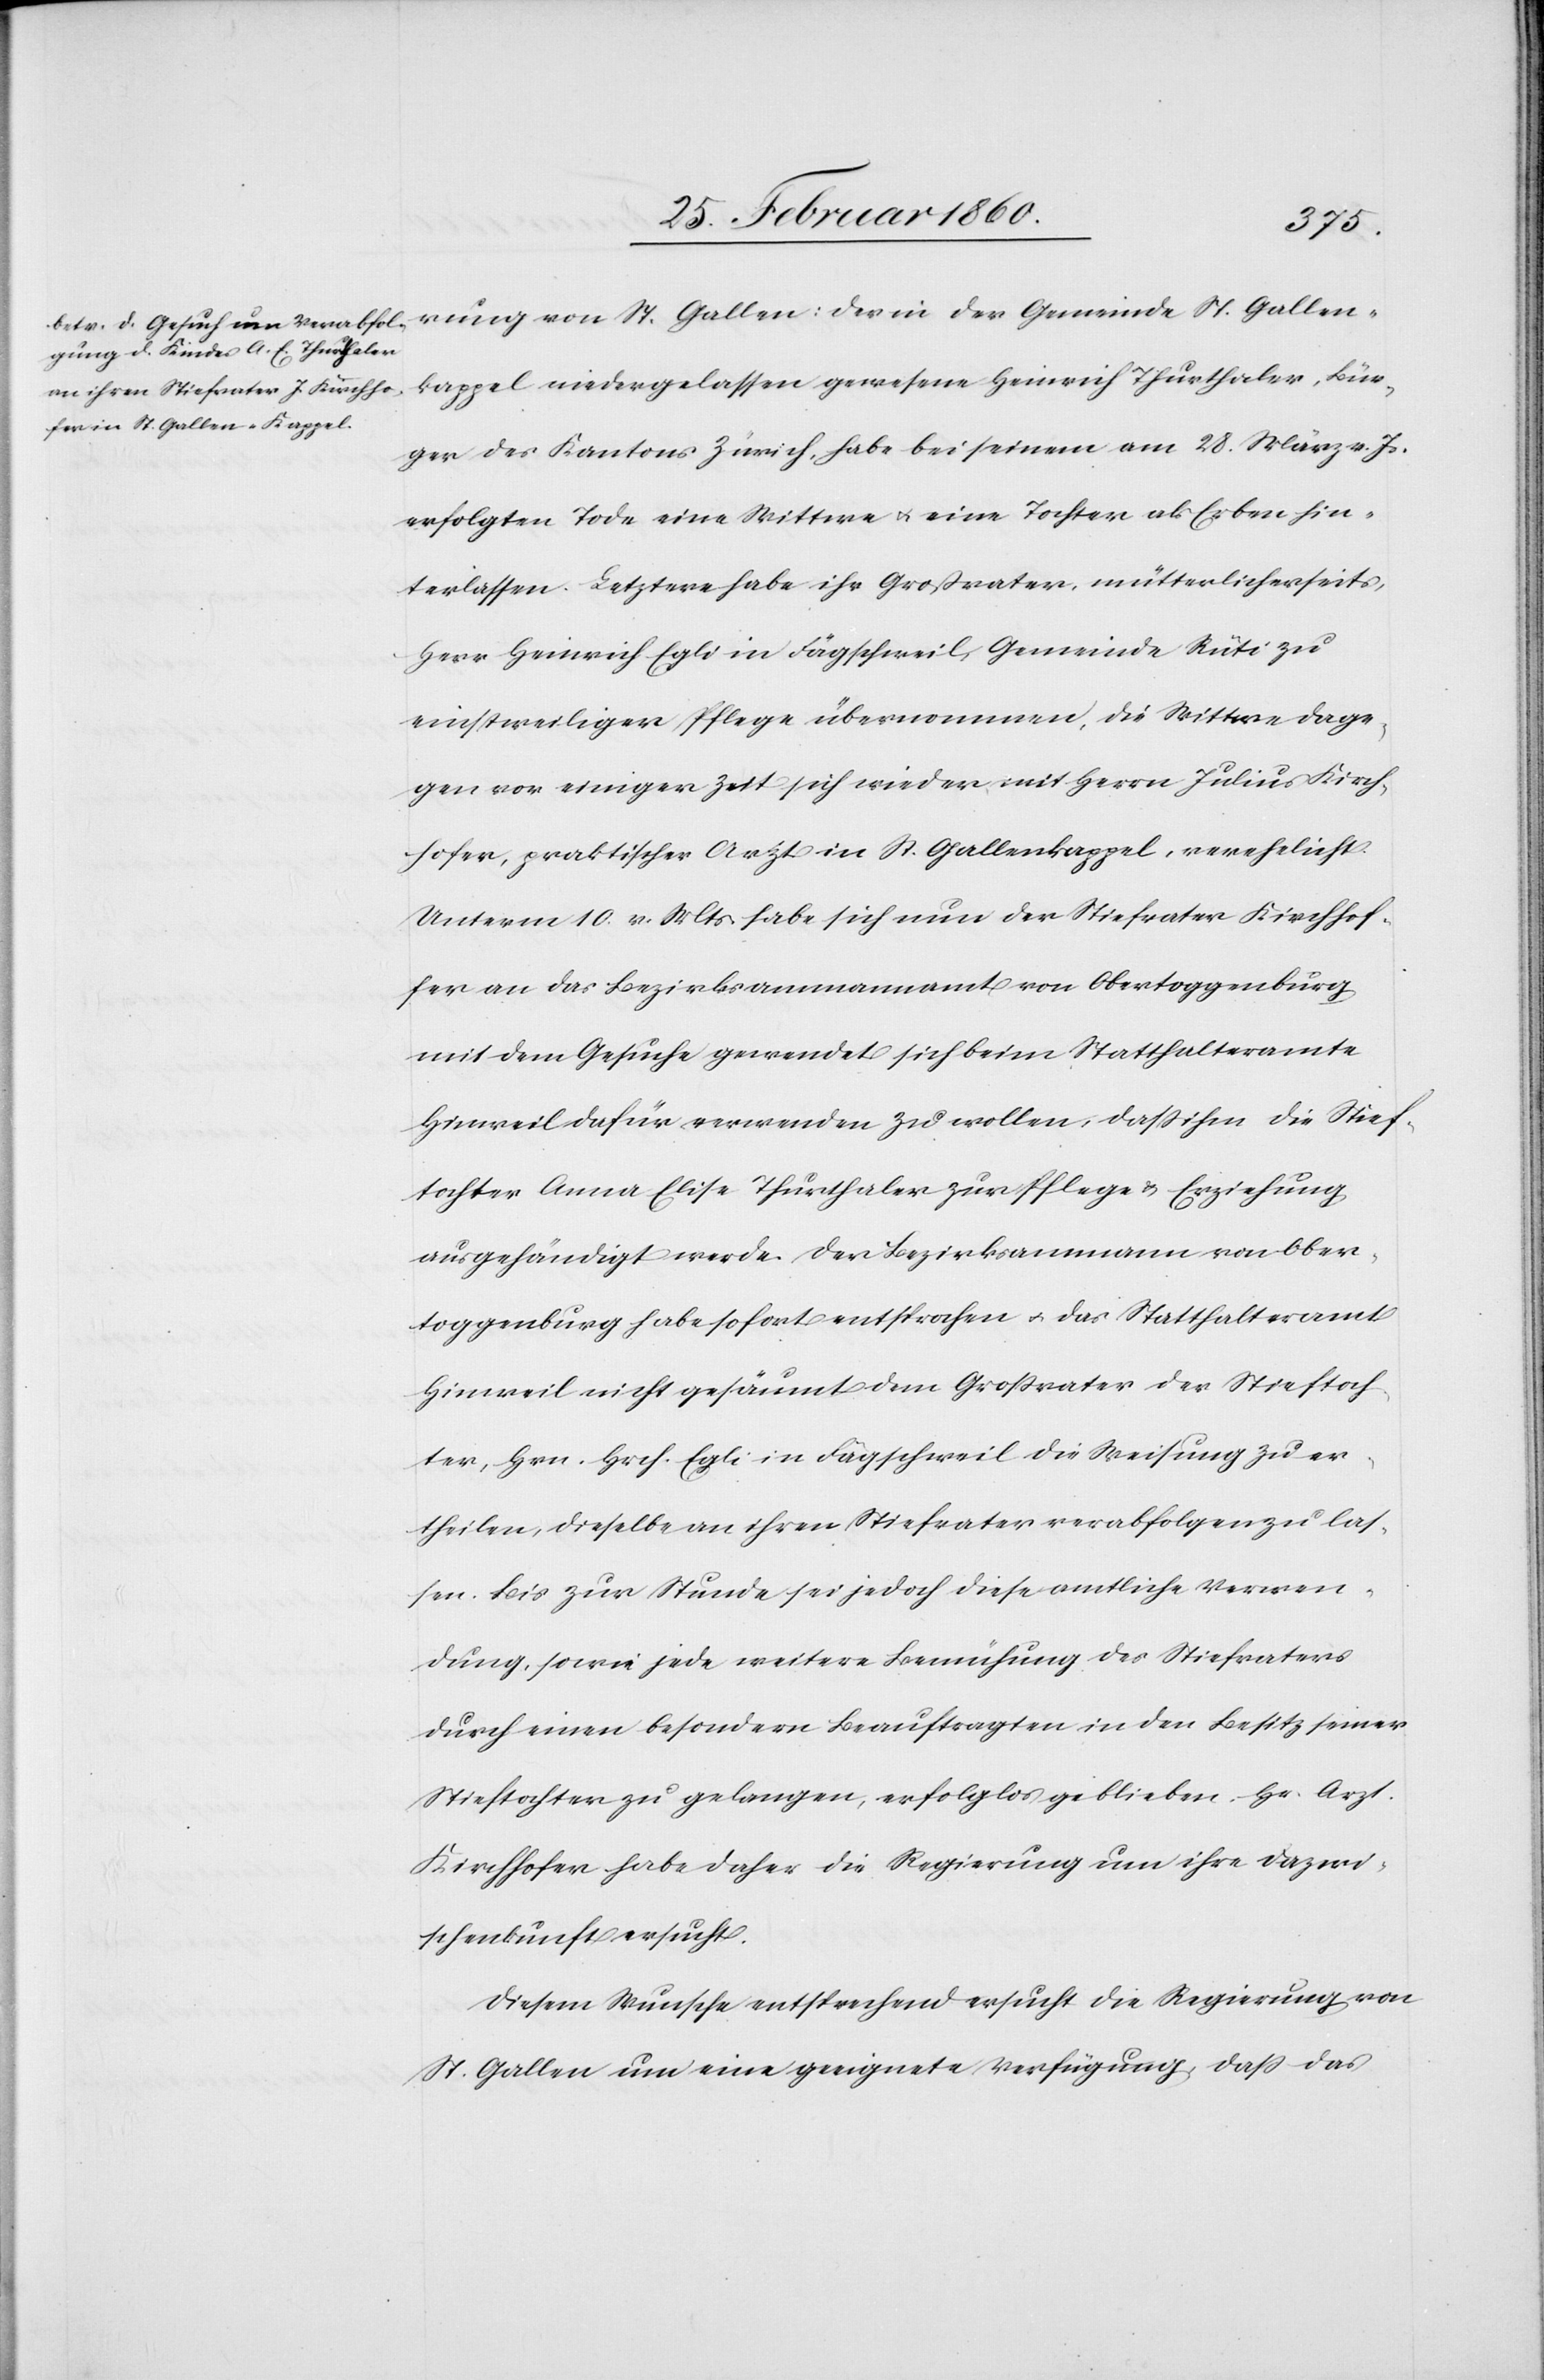
rung von St. Gallen: der in der Gemeinde St. Gallen-K¬
appel niedergelassen gewesene Heinrich Thurthaler, Bür¬
ger des Kantons Zürich, habe bei seinem am 28. März v. Js.
erfolgten Tode eine Wittwe u. eine Tochter als Erben hin¬
terlassen. Letztere habe ihr Grossvater, mütterlicherseits,
Herr Heinrich Egli in Fägschweil, Gemeinde Rüti zu
einstweiliger Pflege übernommen, die Wittwe dage¬
gen vor einiger Zeit sich wieder mit Herrn Julius Kirch¬
hofer, praktischer Arzt in St. Gallen-Kappel, verehelicht.
Unterm 10. v. Mts. habe sich nun der Stiefvater Kirchhof¬
er an das Bezirksammannamt von Obertoggenburg
mit dem Gesuche gewendet sich beim Statthalteramte
Hinweil dafür verwenden zu wollen, dass ihm die Stief¬
tochter Anna Elise Thurthaler zur Pflege u. Erziehung
ausgehändigt werde. Der Bezirksammann von Ober¬
toggenburg habe sofort entsprochen u. das Statthalteramt
Hinweil nicht gesäumt dem Grossvater der Stieftoch¬
ter, Hrn. Hrch. Egli in Fägschweil die Weisung zu er¬
theilen, dieselbe an ihren Stiefvater verabfolgen zu las¬
sen. Bis zur Stunde sei jedoch diese amtliche Verwen¬
dung, sowie jede weitere Bemühung des Stiefvaters
durch einen besondern Beauftragten in den Besitz seiner
Stieftochter zu gelangen, erfolglos geblieben. Hr. Arzt
Kirchhofer habe daher die Regierung um ihre Dazwi¬
schenkunft ersucht.
Diesem Wunsche entsprechend ersucht die Regierung von
St. Gallen um eine geeignete Verfügung, dass das